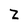
Character: Z